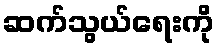
ဆက်သွယ်ရေးကို